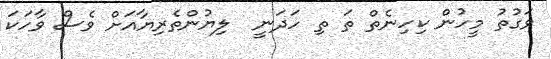
ވަގުތު މީހުން ކިހިނެތް ތަ ތި ހަދަނީ  ލިޔުންތެރިޔާއަށް ވެސް ވާހަކަ